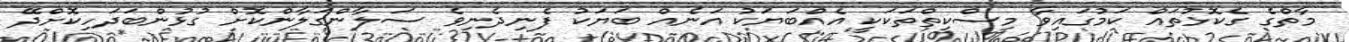
މާތްގެ ގެކޮޅުތައް ކަމުގައިވާ މިސްކިތްތަކަކީ އެއްބަޔަކު އަނެއް ބަޔަކު ފެނިދެނިވެ ސަލާންގަލާންކޮށް ގުޅުންބަދަހިކޮށްދޭ